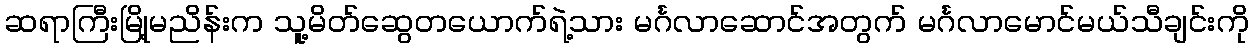
ဆရာကြီးမြို့မညိန်းက သူ့မိတ်ဆွေတယောက်ရဲ့သား မင်္ဂလာဆောင်အတွက် မင်္ဂလာမောင်မယ်သီချင်းကို